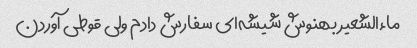
ماءالشعیر بهنوش شیشه‌ای سفارش دادم ولی قوطی آوردن